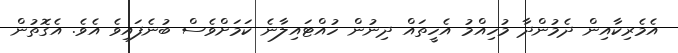
އެމެރިކާއިން ދެމުންދާ މުހިއްމު އެހީތައް ދިނުން ހުއްޓައިލާނެ ކަމަށްވެސް ބުނެފައިވެ އެވެ. އެގޮތުން